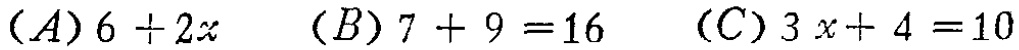
$(A)6\div 2x\quad (B)7 + 9 = 16\quad (C)3x + 4 = 10$